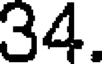
34.